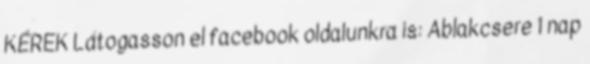
KÉREK Látogasson el facebook oldalunkra is: Ablakcsere 1 nap